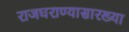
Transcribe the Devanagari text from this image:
राजघराण्यासारख्या